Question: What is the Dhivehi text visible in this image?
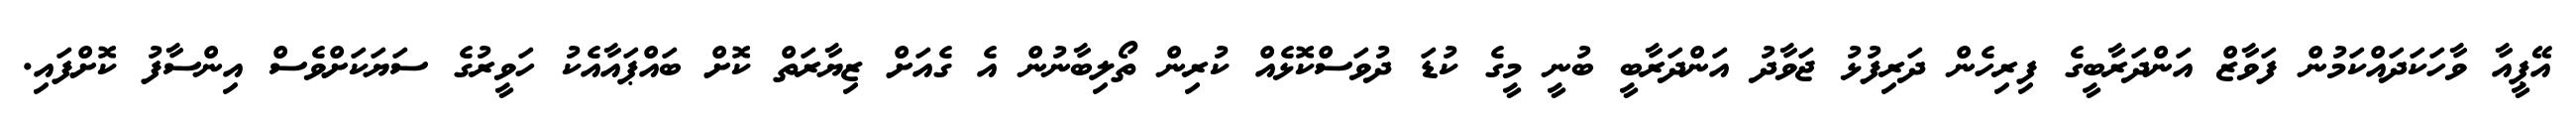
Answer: އޭޕީއާ ވާހަކަދައްކަމުން ފަވާޒް އަންދަރާބީގެ ފިރިހެން ދަރިފުޅު ޖަވާދު އަންދަރާބީ ބުނީ މީގެ ކުޑަ ދުވަސްކޮޅެއް ކުރިން ތޯލިބާނުން އެ ގެއަށް ޒިޔާރަތް ކޮށް ބައްޕައާއެކު ހަވީރުގެ ސަޔަކަށްވެސް އިންސާފު ކޮށްފައި.